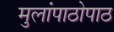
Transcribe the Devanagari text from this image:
मुलांपाठोपाठ